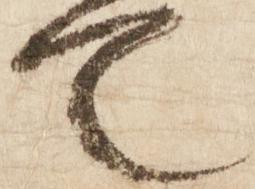
て